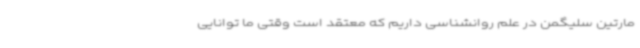
مارتین سلیگمن در علم روانشناسی داریم که معتقد است وقتی ما توانایی